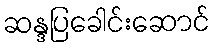
ဆန္ဒပြခေါင်းဆောင်